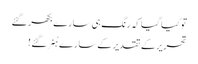
تو کیا گیا کہ رنگ ہی سارے بکھر گئے
تحریر کے تقدیر کے سارے ہُنر گئے !